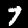
Digit: 7